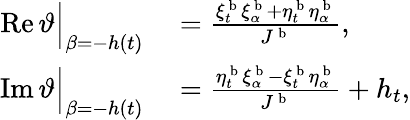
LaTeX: \begin{array}{rl}{\operatorname{Re}\vartheta\Big|_{\beta=-h(t)}}&{{}=\frac{\xi_{t}^{\mathrm{~b~}}\xi_{\alpha}^{\mathrm{~b~}}+\eta_{t}^{\mathrm{~b~}}\eta_{\alpha}^{\mathrm{~b~}}}{J^{\mathrm{~b~}}},}\\ {\operatorname{Im}\vartheta\Big|_{\beta=-h(t)}}&{{}=\frac{\eta_{t}^{\mathrm{~b~}}\xi_{\alpha}^{\mathrm{~b~}}-\xi_{t}^{\mathrm{~b~}}\eta_{\alpha}^{\mathrm{~b~}}}{J^{\mathrm{~b~}}}+h_{t},}\end{array}